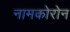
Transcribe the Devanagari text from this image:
नामकोरोन